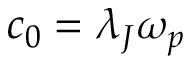
c _ { 0 } = \lambda _ { J } \omega _ { p }